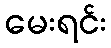
မေးရင်း